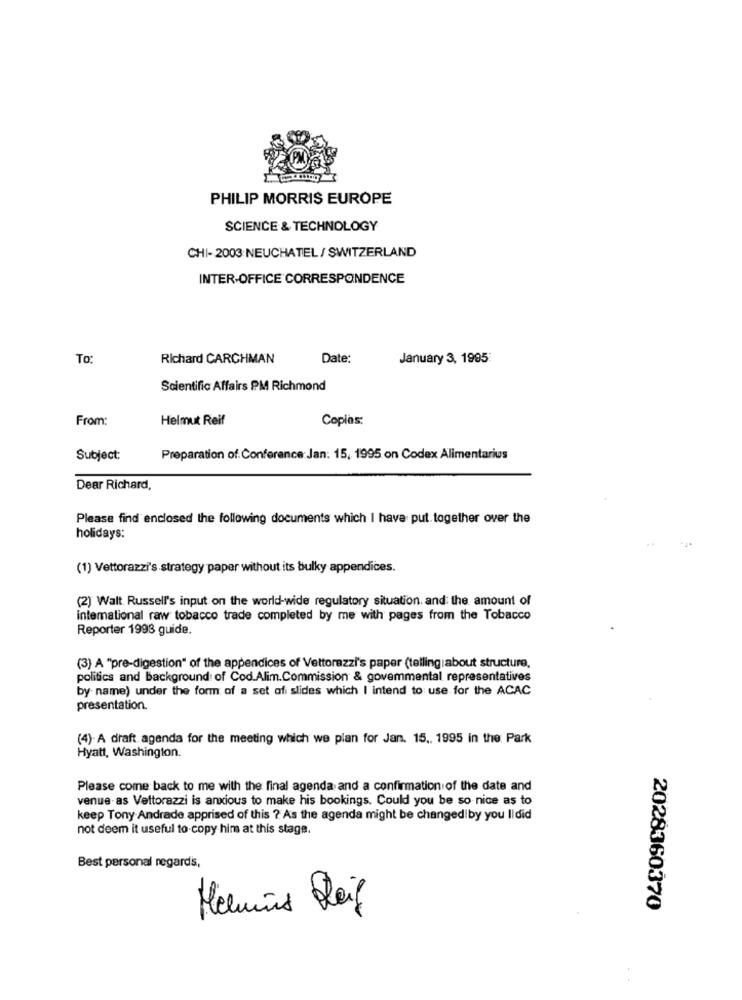
PHILIP MORRIS EUROPE
SCIENCE & TECHNOLOGY
CHI- 2003 NEUCHATEL / SWITZERLAND
INTER-OFFICE CORRESPONDENCE
To:
Richard CARCHMAN
Date:
January 3, 1995
Scientific Affairs PM Richmond
From:
Helmut Reif
Copias:
Subject:
Preparation of Conference:Jan: 15, 1995 on Codex Alimentarius
Dear Richard,
Please find enclosed the following documents which I have put together over the
holidays:
(1) Vettorazzi's strategy paper without its bulky appendices.
(2) Walt Russell's input on the world-wide regulatory situation. and the amount of
intemational raw tobacco trade completed by me with pages from the Tobacco
Reporter 1993 guide.
(3) A "pre-digestion" of the appendices of Vettorazzi's paper (tellingiabout structure,
politics and Background of Cod.Alim.Commission & govemmental representatives
by name) under the form of a set ofi slides which I intend to use for the ACAC
presentation.
(4)- A draft agenda for the meeting which we plan for Jan. 15 ., 1995 in the Park
Hyatt, Washington.
Please come back to me with the final agenda and a confirmation of the date and
venue as Vettorazzi is anxious to make his bookings. Could you be so nice as to
keep Tony Andrade apprised of this ? As the agenda might be changed by you Ildid
not deem it useful to copy him at this stage.
Best personal regards,
Helmis fleiß
2028360370